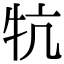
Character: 牨